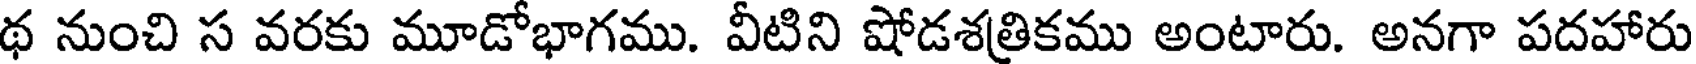
థ నుంచి స వరకు మూడోభాగము. వీటిని షోడశత్రికము అంటారు. అనగా పదహారు